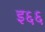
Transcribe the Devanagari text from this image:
इ६६